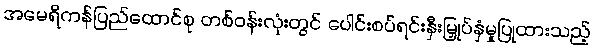
အမေရိကန်ပြည်ထောင်စု တစ်ဝန်းလုံးတွင် ပေါင်းစပ်ရင်းနှီးမြှုပ်နှံမှုပြုထားသည့်